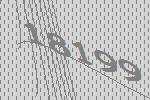
18199